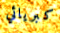
كبريائي